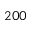
2 0 0